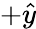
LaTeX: +\hat{{y}}